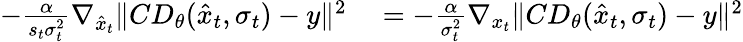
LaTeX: \begin{array}{rl}{-\frac{\alpha}{s_{t}\sigma_{t}^{2}}\nabla_{\hat{x}_{t}}\| CD_{\theta}(\hat{x}_{t},\sigma_{t})-y\| ^{2}}&{{}=-\frac{\alpha}{\sigma_{t}^{2}}\nabla_{x_{t}}\| CD_{\theta}(\hat{x}_{t},\sigma_{t})-y\| ^{2}}\end{array}